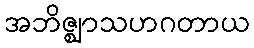
အဘိဇ္ဈာသဟဂတာယ